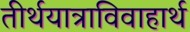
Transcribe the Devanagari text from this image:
तीर्थयात्राविवाहार्थ